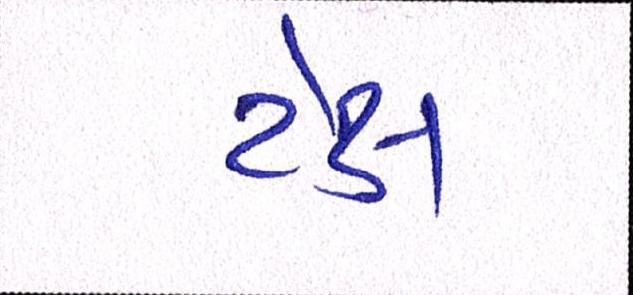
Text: ટેક્ષ